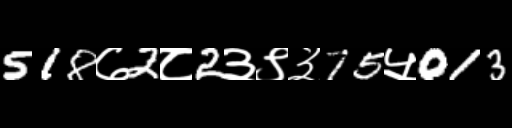
Text: 518७2८2३९३75५013